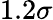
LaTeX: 1.2\sigma